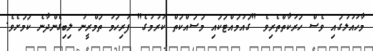
މާހައުލުގައި ވެސް ހަރަކާތްތެރިވެ "ގައުމައްޓަކައި މަސައްކަތް ކުރުމުގެ" ފުރިހަމަ ތަމްރީނު ލިބިގެންދާނެ ކަމަށެވެ.